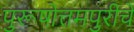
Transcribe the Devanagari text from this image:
पुरूषोत्तमपुरीचे